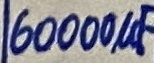
Text: 60000µF